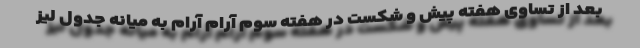
بعد از تساوی هفته پیش و شکست در هفته سوم آرام آرام به میانه جدول لیز